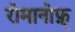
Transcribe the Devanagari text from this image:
रोमानोफ़्